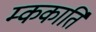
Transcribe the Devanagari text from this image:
म्ककार्ति